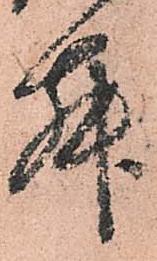
舞